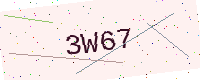
Text: 3W67